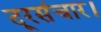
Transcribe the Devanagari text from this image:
दूरसंचार।